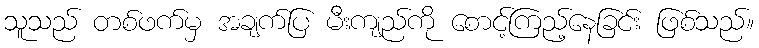
သူသည် တစ်ဖက်မှ အချက်ပြ မီးကျည်ကို စောင့်ကြည့်နေခြင်း ဖြစ်သည်။